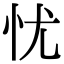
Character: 忧